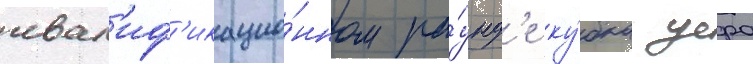
квал'иф'икацио́нном ра́унд'е ку́бка уефа